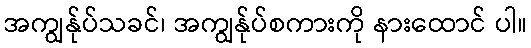
အကျွန်ုပ်သခင်၊ အကျွန်ုပ်စကားကို နားထောင် ပါ။